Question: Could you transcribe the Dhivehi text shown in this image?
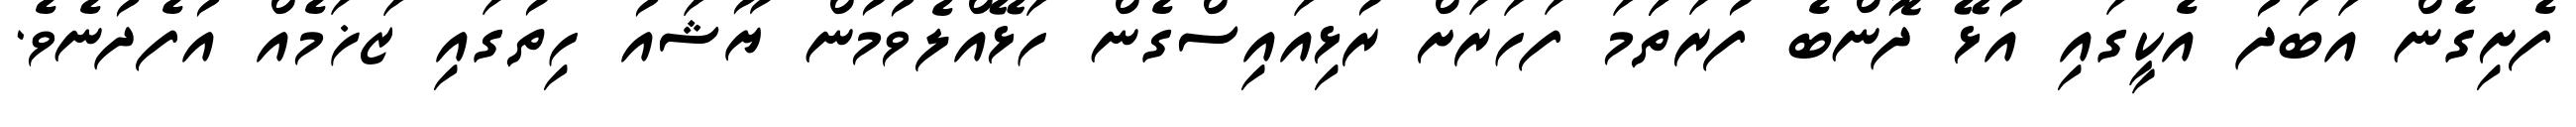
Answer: ފެށިގެން އަބަދު އެކީގައި އުޅޭ ދޮންބެ ފުރަތަަމަ ފަހަރަށް ރުޅިއައިސްގެން ހަޅޭއްލެވުމުން ޔޫޝައު ހިތުގައި ޒަޚަމެއް އުފެދުނެވެ.